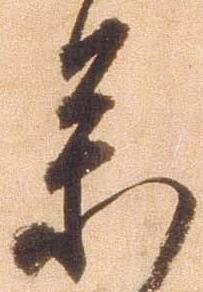
参